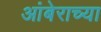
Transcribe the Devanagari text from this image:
आंबेराच्या